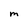
Character: m